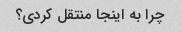
چرا به اینجا منتقل کردی؟